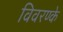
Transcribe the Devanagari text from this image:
विवरण्के